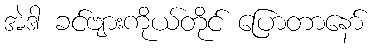
အဲဒါ ခင်ဗျားကိုယ်တိုင် ပြောတာနော်